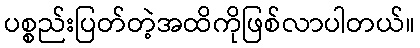
ပစ္စည်းပြတ်တဲ့အထိကိုဖြစ်လာပါတယ်။